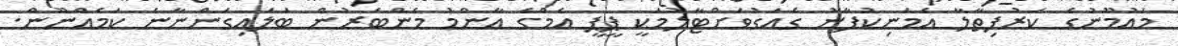
މައުމޫނުގެ ކަރުފިތާލާ އެމަނިކުފާނު ގެއަގުވަށްޓާލުމަކީ ޕީޕީ އެމްގެ އާންމު މެންބަރުން ބަލައިގަންނާނެ ކަމެއްނޫން.